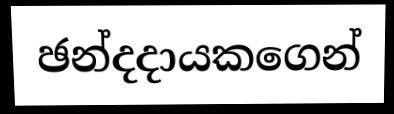
ඡන්දදායකගෙන්